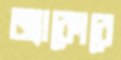
জ্যাকোবে